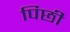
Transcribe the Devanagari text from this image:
पिछी